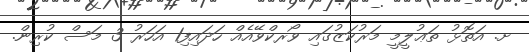
ށ. އަތޮޅު ތަޢުލީމީ މަރުކަޒުގައި ވޯރކްވޭއެއް ހަދައިފި1 އަހަރު 3 މަސް ކުރިން.